Streptothrix isolated from the spleen of a leper - Number 51
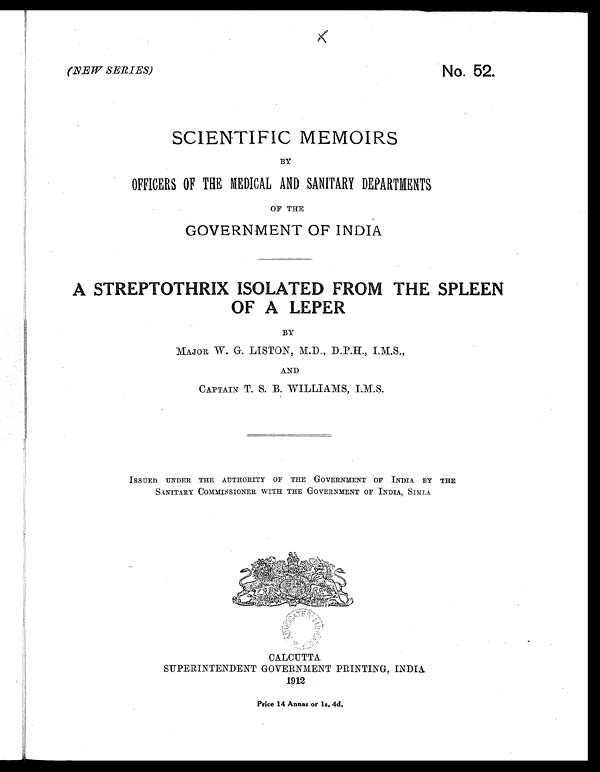
(NEW SERIES)
No. 52.
SCIENTIFIC MEMOIRS
BY
OFFICERS OF THE MEDICAL AND SANITARY DEPARTMENTS
OF THE
GOVERNMENT OF INDIA
A STREPTOTHRIX ISOLATED FROM THE SPLEEN
OF A LEPER
BY
MAJOR W. G. LISTON, M.D., D.P.H., I.M.S.,
AND
CA PTAIN T. S. B. WILLIAMS, I.M.S.
ISSUED UNDER THE AUTHORITY OF THE GOVERNMENT OF INDIA BY THE
SANITARY COMMISSIONER WITH THE GOVERNMENT OF INDIA, SIMLA.
CALCUTTA
SUPERINTENDENT GOVERNMENT PRINTING, INDIA
1912
Price 14 Annas or 1s. 4d.